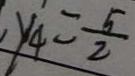
y _ { 4 } = \frac { 5 } { 2 }